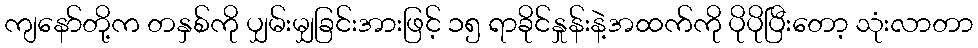
ကျနော်တို့က တနှစ်ကို ပျှမ်းမျှခြင်းအားဖြင့် ၁၅ ရာခိုင်နှုန်းနဲ့အထက်ကို ပိုပိုပြီးတော့ သုံးလာတာ